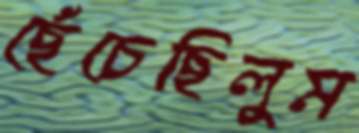
ছেঁচেছিলুম